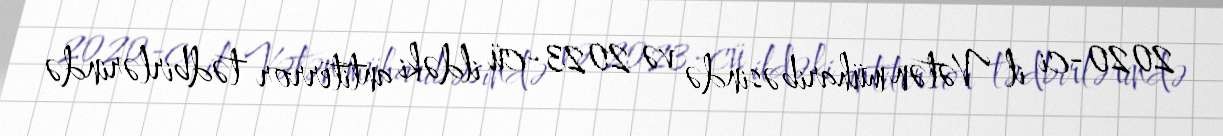
2020-ci il Vətən müharibəsində və 2023-cü ildəki antiterror tədbirlərində